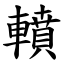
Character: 轒